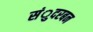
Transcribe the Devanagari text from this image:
संुदरबन